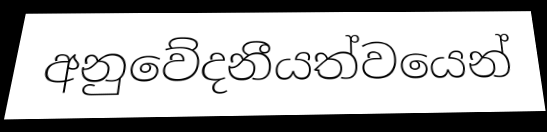
අනුවේදනීයත්වයෙන්